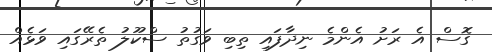
ގޮސް އެ ރަށު އެންމެ ނިދާފައި ތިބި ވަގުތު ސްކޫލު ތެރޭގައި ވަޅެއް